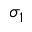
\sigma _ { 1 }